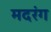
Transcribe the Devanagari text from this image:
मदरंग